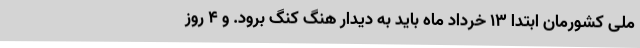
ملی کشورمان ابتدا ۱۳ خرداد ماه باید به دیدار هنگ کنگ برود. و ۴ روز